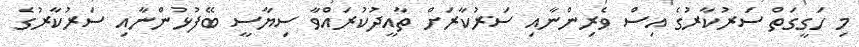
މި ހަގީގަތް ސަރުކާރުގެ އިސް ވެރިންނާއި ސަރުކާރަށް ތާއީދުކުރައްވާ ސިޔާސީ ބޭފުޅުންނާއި ސަރުކާރުގެ